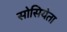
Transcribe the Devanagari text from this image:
सोसियेता